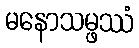
မနောသမ္ဖဿံ